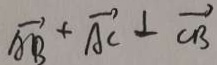
\overrightarrow { A B } + \overrightarrow { A C } \bot \overrightarrow { C B }